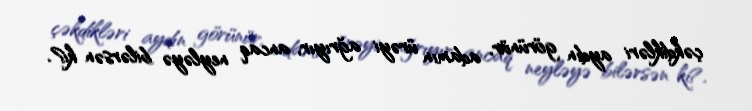
çəkdikləri aydın görünür, adamın ürəyi ağrıyır, ancaq neyləyə bilərsən ki?.